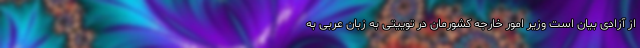
از آزادی بیان است وزیر امور خارجه کشورمان در توییتی به زبان عربی به